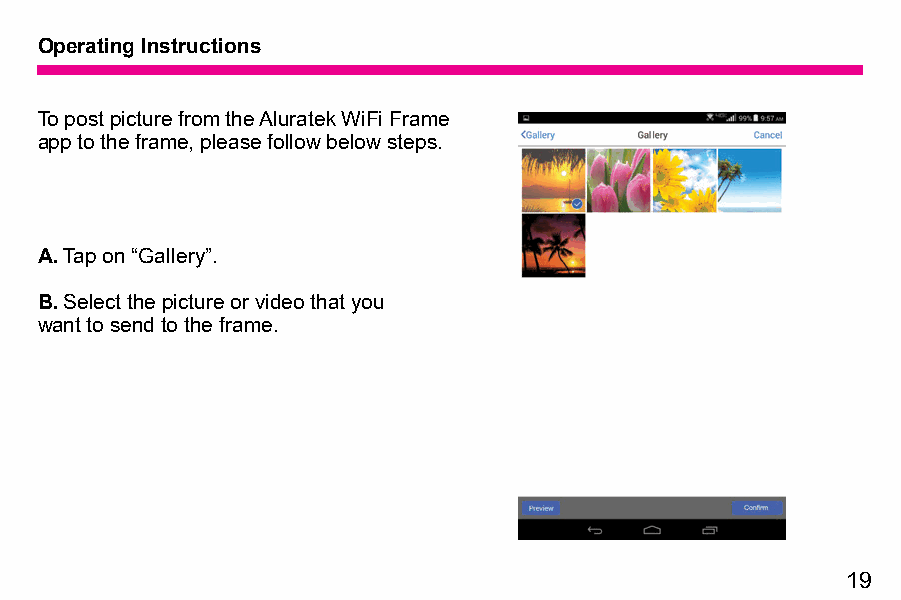
Operating Instructions
 To post picture from the Aluratek WiFi Frame
 app to the frame, please follow below steps.
 A. Tap on “Gallery”.
 B. Select the picture or video that you
 want to send to the frame.
 19